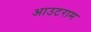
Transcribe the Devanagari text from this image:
आउटराम